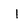
Character: I